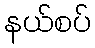
နယ်စပ်